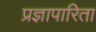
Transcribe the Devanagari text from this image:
प्रज्ञापारिता